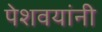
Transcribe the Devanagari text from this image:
पेशवयांनी